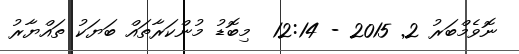
ނޮވެމްބަރު 2